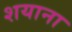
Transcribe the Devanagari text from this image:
शयाना